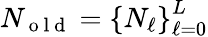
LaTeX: N_{\mathrm{~o~l~d~}}=\left\{ N_{\ell}\right\} _{\ell=0}^{L}